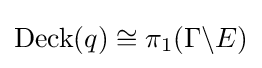
\operatorname {Deck} (q)\cong \pi _{1}(\Gamma \backslash E)